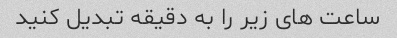
ساعت های زیر را به دقیقه تبدیل کنید